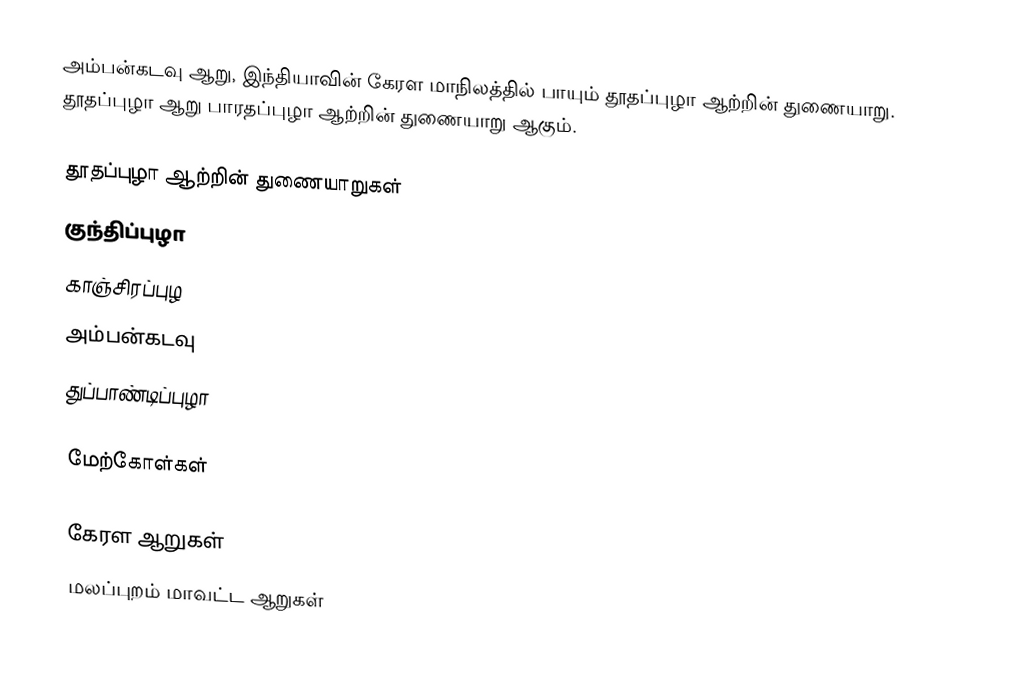
அம்பன்கடவு ஆறு, இந்தியாவின் கேரள மாநிலத்தில் பாயும் தூதப்புழா ஆற்றின் துணையாறு. தூதப்புழா ஆறு பாரதப்புழா ஆற்றின் துணையாறு ஆகும்.

தூதப்புழா ஆற்றின் துணையாறுகள்
 குந்திப்புழா
 காஞ்சிரப்புழ
 அம்பன்கடவு
 துப்பாண்டிப்புழா

மேற்கோள்கள்

கேரள ஆறுகள்
மலப்புறம் மாவட்ட ஆறுகள்